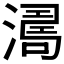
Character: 𣾭